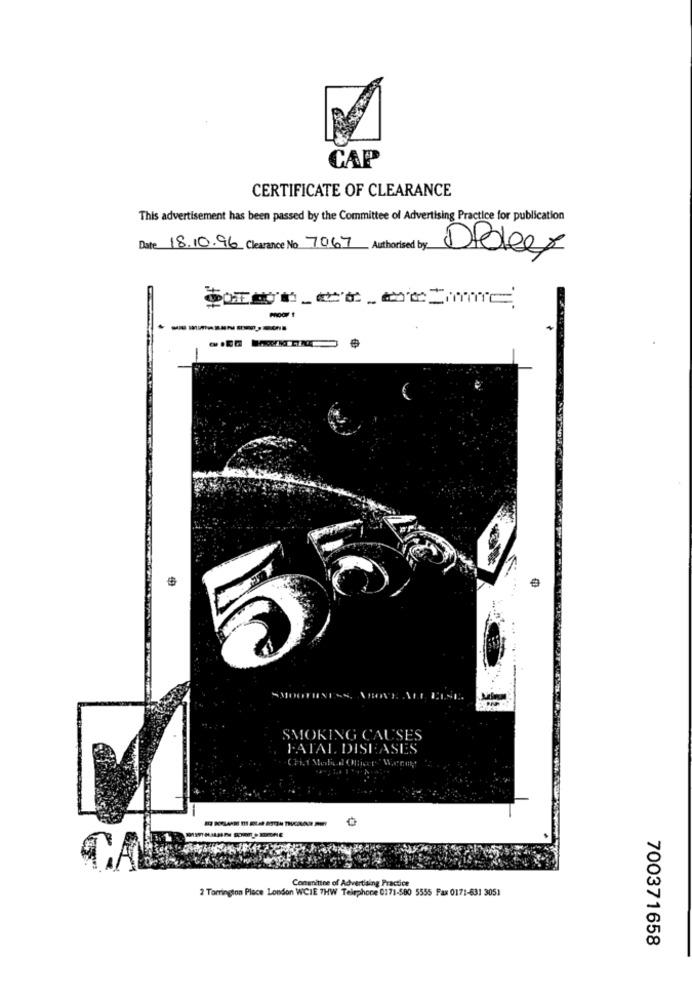
CAP
CERTIFICATE OF CLEARANCE
This advertisement has been passed by the Committee of Advertising Practice for publication
Date 18.10.96 Clearance No 7067 Authorised by
Dibles
SMOOTHIN
SMOKING CAUSES
F.ATAL DISEASES
CA
Conaninne of Advertising Practice
2 Torrington Place London WCIE 7HW Telephone 0171-580 5555 Fax 0171-631 3051
700371658